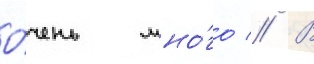
о́чень мно́го // В